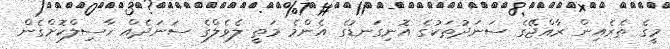
މީގެ ތެރެއިން ރާއްޖޭގެ ސަނަދުތަކުގެ އޮނިގަނޑުގެ އެންމެ މަތީ ލެވެލްގެ ސަނަދެއް ހާސިލްކޮށްގެން